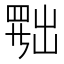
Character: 𦋦